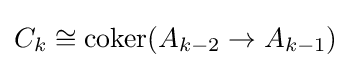
C_{k}\cong \operatorname {coker} (A_{k-2}\to A_{k-1})